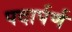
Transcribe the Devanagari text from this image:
पदार्पर्ण